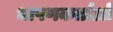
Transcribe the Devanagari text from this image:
भाषणकर्ताओं